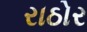
રાઠોર